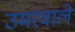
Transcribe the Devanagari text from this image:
उमरवाले